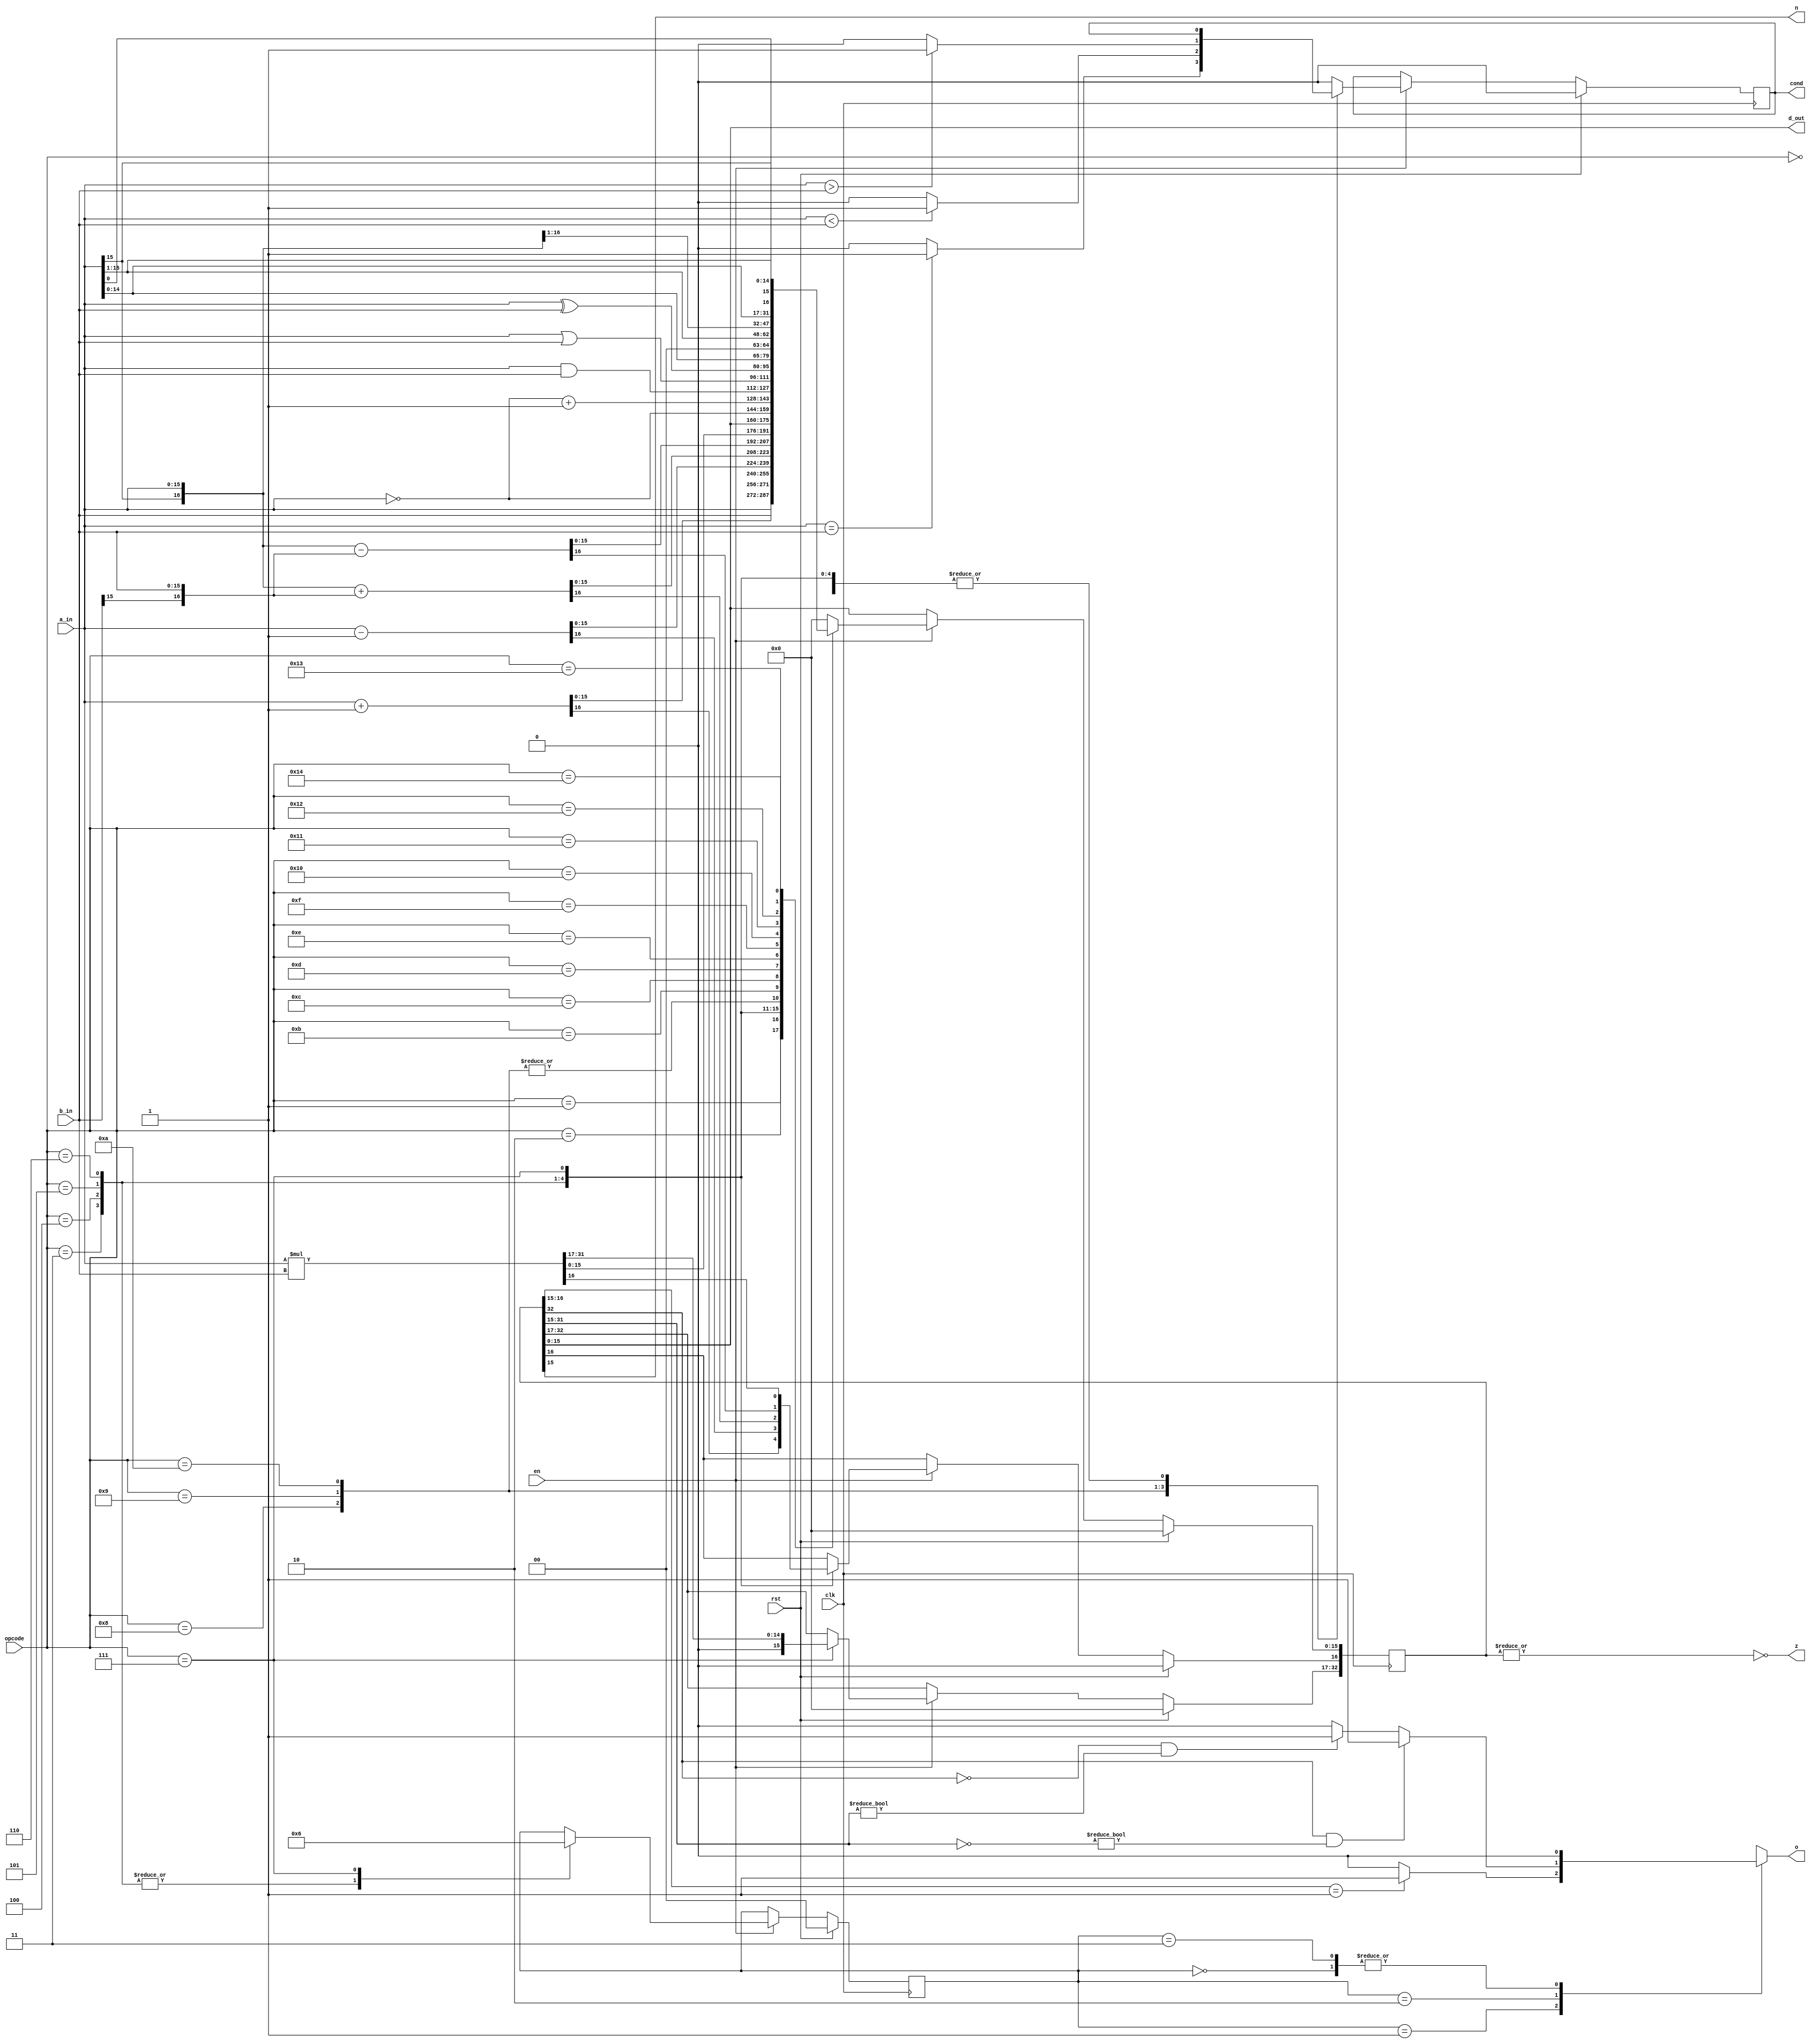
module alu(clk, rst, en, opcode, a_in, b_in, o, z, n, cond, d_out);

	// Parameter Definitions

	parameter width = 'd16; // ALU Width

	// Inputs

	input wire clk /* System Clock */, rst /* System Reset. Resets Overflow Flag and Detection and Result Register */, en /* Arithmetic Logic Unit (ALU) Enable */; // Management Interfaces
	input wire [4:0] opcode /* 5-bit Operation Code for the ALU. Refer to documentation. */;
	input wire signed [width-1:0] a_in /* Operand A Input Port */, b_in /* Operand B Input Port */;

	// Outputs

	output reg o /* Overflow/Underflow/Carry Flag Register */;
	output wire z /* Zero Flag Register (Embedded in res_out) */, n /* Negative/Sign Flag Register */;
	output reg cond /* Conditional Flag Register */;
	output wire [width-1:0] d_out /* Data Output Port */;

	// Internals

	reg [1:0] chk_oflow /* Check for Overflow/Underflow */;
	reg signed [width+width:0] res_out /* ALU Process Result Register */;

	// Flag Logic

	assign z = ~|res_out; // Zero Flag
	assign n = res_out[width-1]; // Negative/Sign Flag

	// Output Logic

	assign d_out [width-1:0] = res_out [width-1:0];

	// Overflow/Underflow Detection Block

	always@(chk_oflow, res_out) begin
		case(chk_oflow) // synthesis parallel_case
			2'b00: o = 1'b0;
			2'b01: begin
				if(res_out [width:width-1] == (2'b01 || 2'b10)) o = 1'b1; // Scenario only possible on Overflow/Underflow.
				else o <= 1'b0;
			end
			2'b10: begin
				if((res_out[width+width]) && (~res_out [width+width-1:width-1] != 0)) o = 1'b1; // Multiplication result is negative.
				else if ((~res_out[width+width]) && (res_out [width+width-1:width-1] != 0)) o = 1'b1; // Multiplication result is positive.
				else o = 1'b0;
			end
			2'b11: o = 1'b0;
			default: o = 1'b0;
		endcase
	end

	// ALU Processing Block

	always@(posedge clk) begin
		if(rst) begin
			cond <= 1'b0;
			chk_oflow <= 2'b0;
			res_out [width+width:0] <= {width+width{1'b0}};
		end else if(en) begin
			case(opcode) // synthesis parallel_case
				5'b00000: res_out [width-1:0] <= 0; // Zero
				5'b00001: res_out [width-1:0] <= a_in [width-1:0]; // A
				5'b00010: res_out [width-1:0] <= b_in [width-1:0]; // B
				5'b00011: begin
					chk_oflow <= 2'b01;
					res_out [width:0] <= a_in [width-1:0] + 1'b1; // Increment A
				end
				5'b00100: begin
					chk_oflow <= 2'b01;
					res_out [width:0] <= a_in [width-1:0] - 1'b1; // Decrement A
				end
				5'b00101: begin
					chk_oflow <= 2'b01;
					res_out [width:0] <= {a_in[width-1], a_in [width-1:0]} + {b_in[width-1], b_in [width-1:0]}; // Add A + B
				end
				5'b00110: begin
					chk_oflow <= 2'b01;
					res_out [width:0] <= {a_in[width-1], a_in [width-1:0]} - {b_in[width-1], b_in [width-1:0]}; // Subtract A - B
				end
				5'b00111: begin
					chk_oflow <= 2'b10;
					res_out [width+width:0] <= a_in [width-1:0] * b_in [width-1:0]; // Multiply A * B
				end
				5'b01000: begin
					if(a_in [width-1:0] == b_in [width-1:0]) cond <= 1'b1; // Compare A == B, set Conditional Register as result
					else cond <= 1'b0;
				end
				5'b01001: begin
					if(a_in [width-1:0] < b_in [width-1:0]) cond <= 1'b1; // Compare A < B, set Conditional Register as result
					else cond <= 1'b0;
				end
				5'b01010: begin
					if(a_in [width-1:0] > b_in [width-1:0]) cond <= 1'b1;// Compare A > B, set Conditional Register as result
					else cond <= 1'b0;
				end
				5'b01011: res_out [width-1:0] <= ~a_in [width-1:0]; // One's Complement of A
				5'b01100: res_out [width-1:0] <= ~a_in [width-1:0] + 1'b1; // Two's Complement of A
				5'b01101: res_out [width-1:0] <= a_in [width-1:0] & b_in [width-1:0]; // Bitwise AND
				5'b01110: res_out [width-1:0] <= a_in [width-1:0] | b_in [width-1:0]; // Bitwise OR
				5'b01111: res_out [width-1:0] <= a_in [width-1:0] ^ b_in [width-1:0]; // Bitwise XOR
				5'b10000: res_out [width-1:0] <= {a_in [width-2:0], 1'b0}; // Logical Left Shift A
				5'b10001: res_out [width-1:0] <= {1'b0, a_in [width-1:1]}; // Logical Right Shift A
				5'b10010: res_out [width-1:0] <= {a_in [width-1], a_in [width-1:1]}; // Arithmetic Right Shift A
				5'b10011: res_out [width-1:0] <= {a_in [width-2:0], a_in [width-1]}; // Rotate Left A
				5'b10100: res_out [width-1:0] <= {a_in [0], a_in [width-1:1]}; // Rotate Right A
				default: begin
					cond <= 1'b0;
					res_out [width-1:0] <= 0;
				end
			endcase
		end
	end

endmodule